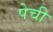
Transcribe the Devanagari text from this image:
पेची